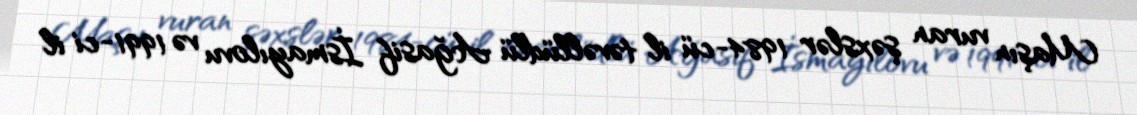
Maşın vuran şəxslər 1984-cü il təvəllüdlü Ağasif İsmayılovu və 1991-ci il